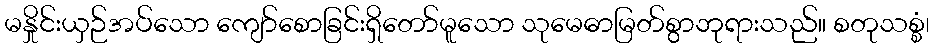
မနှိုင်းယှဉ်အပ်သော ကျော်စောခြင်းရှိတော်မူသော သုမေဓာမြတ်စွာဘုရားသည်။ စတုသစ္စံ၊